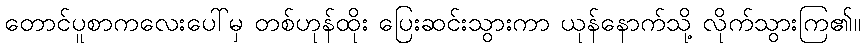
တောင်ပူစာကလေးပေါ်မှ တစ်ဟုန်ထိုး ပြေးဆင်းသွားကာ ယုန်နောက်သို့ လိုက်သွားကြ၏။